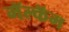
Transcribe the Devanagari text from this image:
मॅल्कॅम